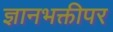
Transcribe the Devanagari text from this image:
ज्ञानभक्तीपर